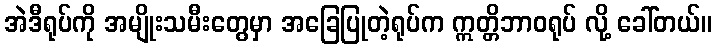
အဲဒီရုပ်ကို အမျိုးသမီးတွေမှာ အခြေပြုတဲ့ရုပ်က ဣတ္တိဘာဝရုပ် လို့ ခေါ်တယ်။